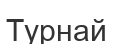
Турнай